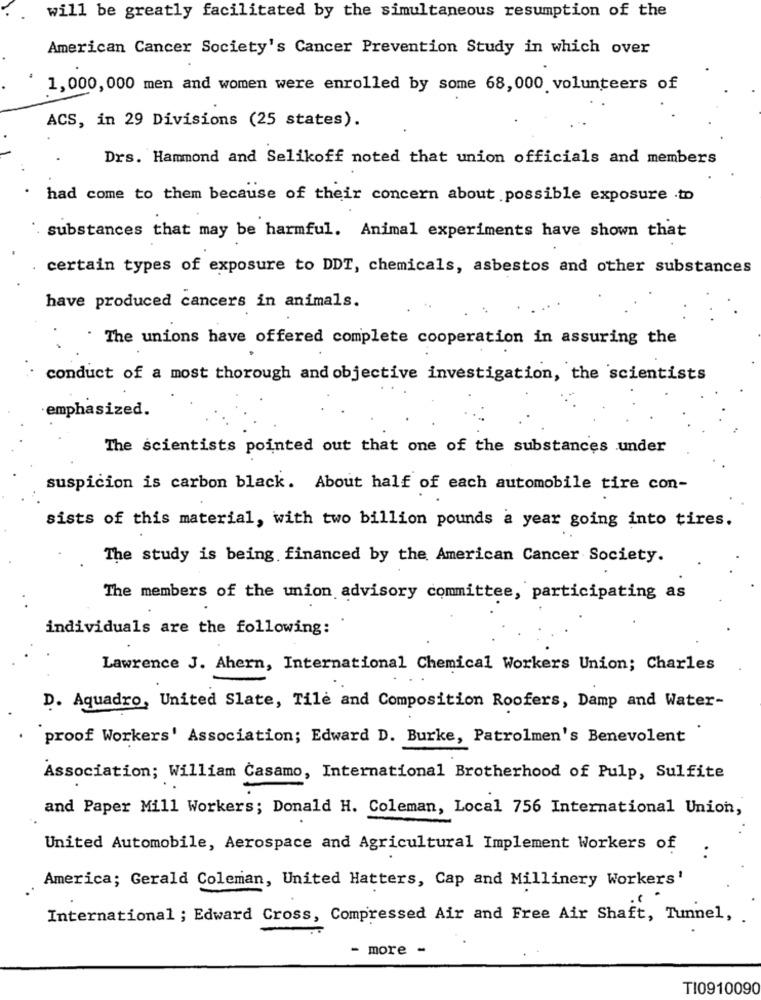
will be greatly facilitated by the simultaneous resumption of the
American Cancer Society's Cancer Prevention Study in which over
1,000,000 men and women were enrolled by some 68,000 volunteers of
ACS, in 29 Divisions (25 states).
Drs. Hammond and Selikoff noted that union officials and members
had come to them because of their concern about possible exposure .to
substances that may be harmful. Animal experiments have shown that
certain types of exposure to DDT, chemicals, asbestos and other substances
have produced cancers in animals.
The unions have offered complete cooperation in assuring the
conduct of a most thorough and objective investigation, the scientists
emphasized.
The scientists pointed out that one of the substances under
suspicion is carbon black. About half of each automobile tire con-
sists of this material, with two billion pounds a year going into tires.
The study is being financed by the American Cancer Society.
The members of the union advisory committee, participating as
individuals are the following:
Lawrence J. Ahern, International Chemical Workers Union; Charles
D. Aquadro, United Slate, Tile and Composition Roofers, Damp and Water-
proof Workers' Association; Edward D. Burke, Patrolmen's Benevolent
Association; William Casamo, International Brotherhood of Pulp, Sulfite
and Paper Mill Workers; Donald H. Coleman, Local 756 International Union,
United Automobile, Aerospace and Agricultural Implement Workers of
:
America; Gerald Coleman, United Hatters, Cap and Millinery Workers'
International ; Edward Cross, Compressed Air and Free Air Shaft, Tunnel, .
more -
TI0910090